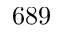
6 8 9